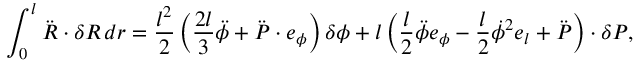
\int _ { 0 } ^ { l } \ddot { \boldsymbol { R } } \cdot \delta \boldsymbol { R } \, d r = \frac { l ^ { 2 } } { 2 } \left( \frac { 2 l } { 3 } \ddot { \phi } + \ddot { \boldsymbol { P } } \cdot \boldsymbol { e } _ { \phi } \right) \delta \phi + l \left( \frac { l } { 2 } \ddot { \phi } \boldsymbol { e } _ { \phi } - \frac { l } { 2 } \dot { \phi } ^ { 2 } \boldsymbol { e } _ { l } + \ddot { \boldsymbol { P } } \right) \cdot \delta \boldsymbol { P } ,